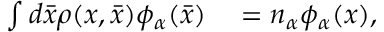
\begin{array} { r l } { \int d \bar { x } \rho ( x , \bar { x } ) \phi _ { \alpha } ( \bar { x } ) } & { { } = n _ { \alpha } \phi _ { \alpha } ( x ) , } \end{array}